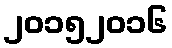
၂၀၁၅၂၀၁၆